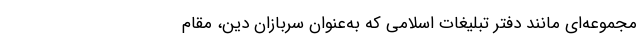
مجموعه‌ای مانند دفتر تبلیغات اسلامی که به‌عنوان سربازان دین، مقام